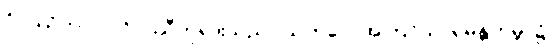
ဝိပဿိဘဂဝါ၊ ဝိပဿီဘုရားသည်။ ယကပ္ပေ၊ အကြင်သာရမန္တကမ္ဘာ၌။